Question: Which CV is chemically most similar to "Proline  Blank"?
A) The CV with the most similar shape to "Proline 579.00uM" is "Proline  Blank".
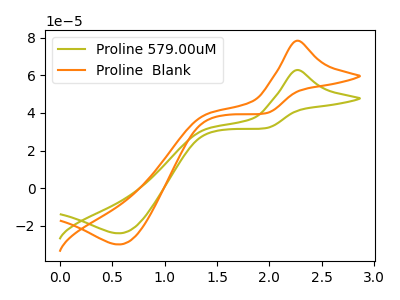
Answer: <think>The olive curve "Proline 579.00uM" has an anodic peak at (2.25V, 62.80uA) and a cathodic peak at (0.55V, -23.95uA). The orange curve "Proline  Blank" has an anodic peak at (2.25V, 78.40uA) and a cathodic peak at (0.55V, -29.90uA).
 All the peaks in "Proline 579.00uM" have a peak in "Proline  Blank" at the same potential. Every peak in "Proline 579.00uM" is lower than every peak in "Proline  Blank".</think>
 <answer>A) The CV with the most similar shape to "Proline 579.00uM" is "Proline  Blank".</answer>
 <eval>A</eval>